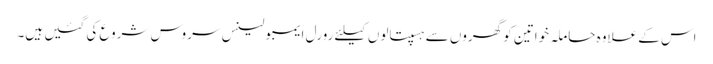
اس کے علاوہ حاملہ خواتین کو گھروں سے ہسپتالوں کیلئے رورل ایمبولینس سروس شروع کی گئیں ہیں۔